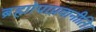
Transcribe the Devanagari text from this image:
ब्रह्मोपाप्नवानीति।